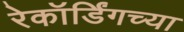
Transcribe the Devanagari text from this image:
रेकॉर्डिंगच्या